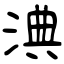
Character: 淟